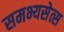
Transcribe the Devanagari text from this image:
समभ्यसेत्स